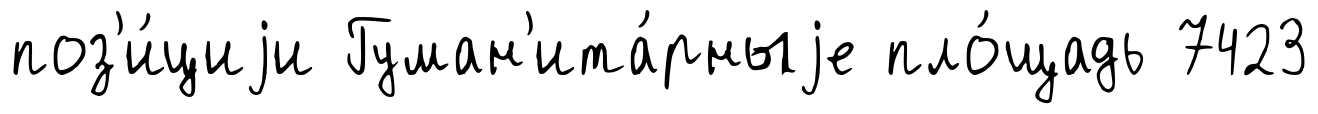
поз'и́циjи Гуман'ита́рныjе пло́щадь 7423